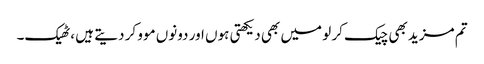
تم مزید بھی چیک کر لو میں بھی دیکھتی ہوں اور دونوں موو کر دیتے ہیں ،ٹھیک۔